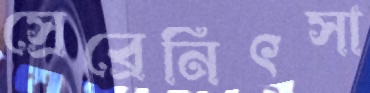
স্রেব্রেনিৎসা